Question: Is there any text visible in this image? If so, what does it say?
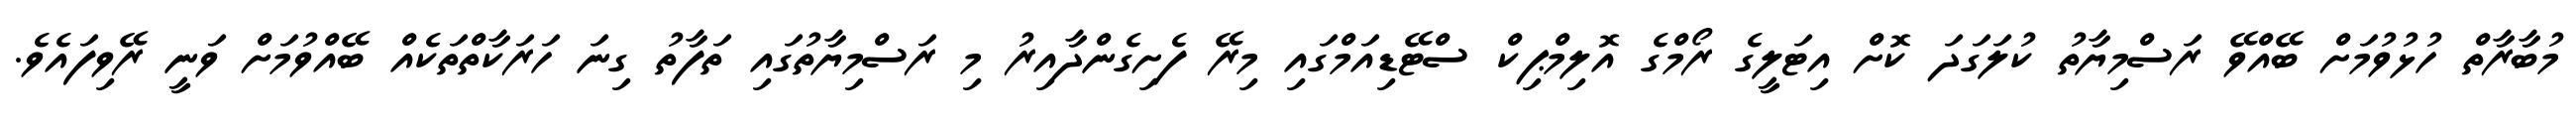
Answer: މުބާރާތް ހުޅުވުމަށް ބޭއްވޭ ރަސްމިޔާތު ކުލަގަދަ ކޮށް އިޓަލީގެ ރޯމްގެ އޮލިމްޕިކް ސްޓޭޑިއަމްގައި މިރޭ ފެށިގެންދާއިރު މި ރަސްމިޔާތުގައި ތަފާތު ގިނަ ހަރަކާތްތަކެއް ބޭއްވުމަށް ވަނީ ރޭވިފައެވެ.